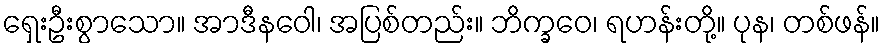
ရှေးဦးစွာသော။ အာဒီနဝေါ၊ အပြစ်တည်း။ ဘိက္ခဝေ၊ ရဟန်းတို့။ ပုန၊ တစ်ဖန်။